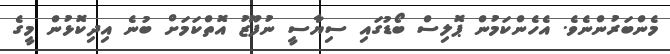
މެންބަރުންނެވެ. އެހެންކަމުން ޕޮލިސް ބޯޑުގައި ސިޔާސީ ނުފޫޒު އޮތްކަމަށް ބުނެ އިދިކޮޅުން މީގެ